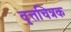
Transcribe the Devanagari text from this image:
वृत्तचित्रक